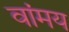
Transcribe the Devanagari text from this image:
वांमय